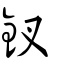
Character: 釵